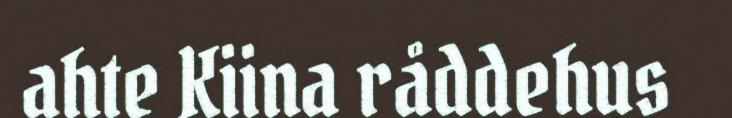
ahte Kiina råddehus